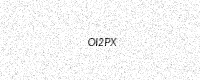
Text: OI2PX